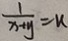
\frac { 1 } { x + y } = k